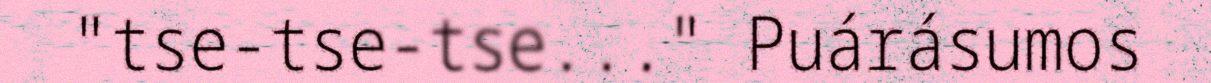
"tse-tse-tse..." Puárásumos